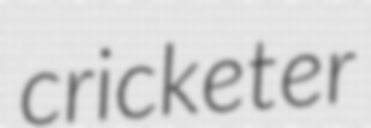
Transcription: cricketer